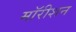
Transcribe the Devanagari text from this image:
मॉरीशन